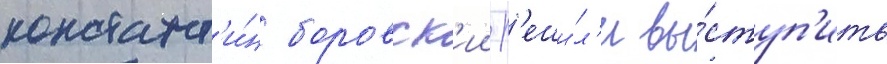
констант'и́н боровск'ии р'еши́л'и вы́ступ'ить